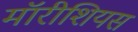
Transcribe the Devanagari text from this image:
मॉरीशियस